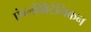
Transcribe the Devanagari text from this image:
एंग्लोब्रिटेनिकन